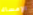
الإمساك